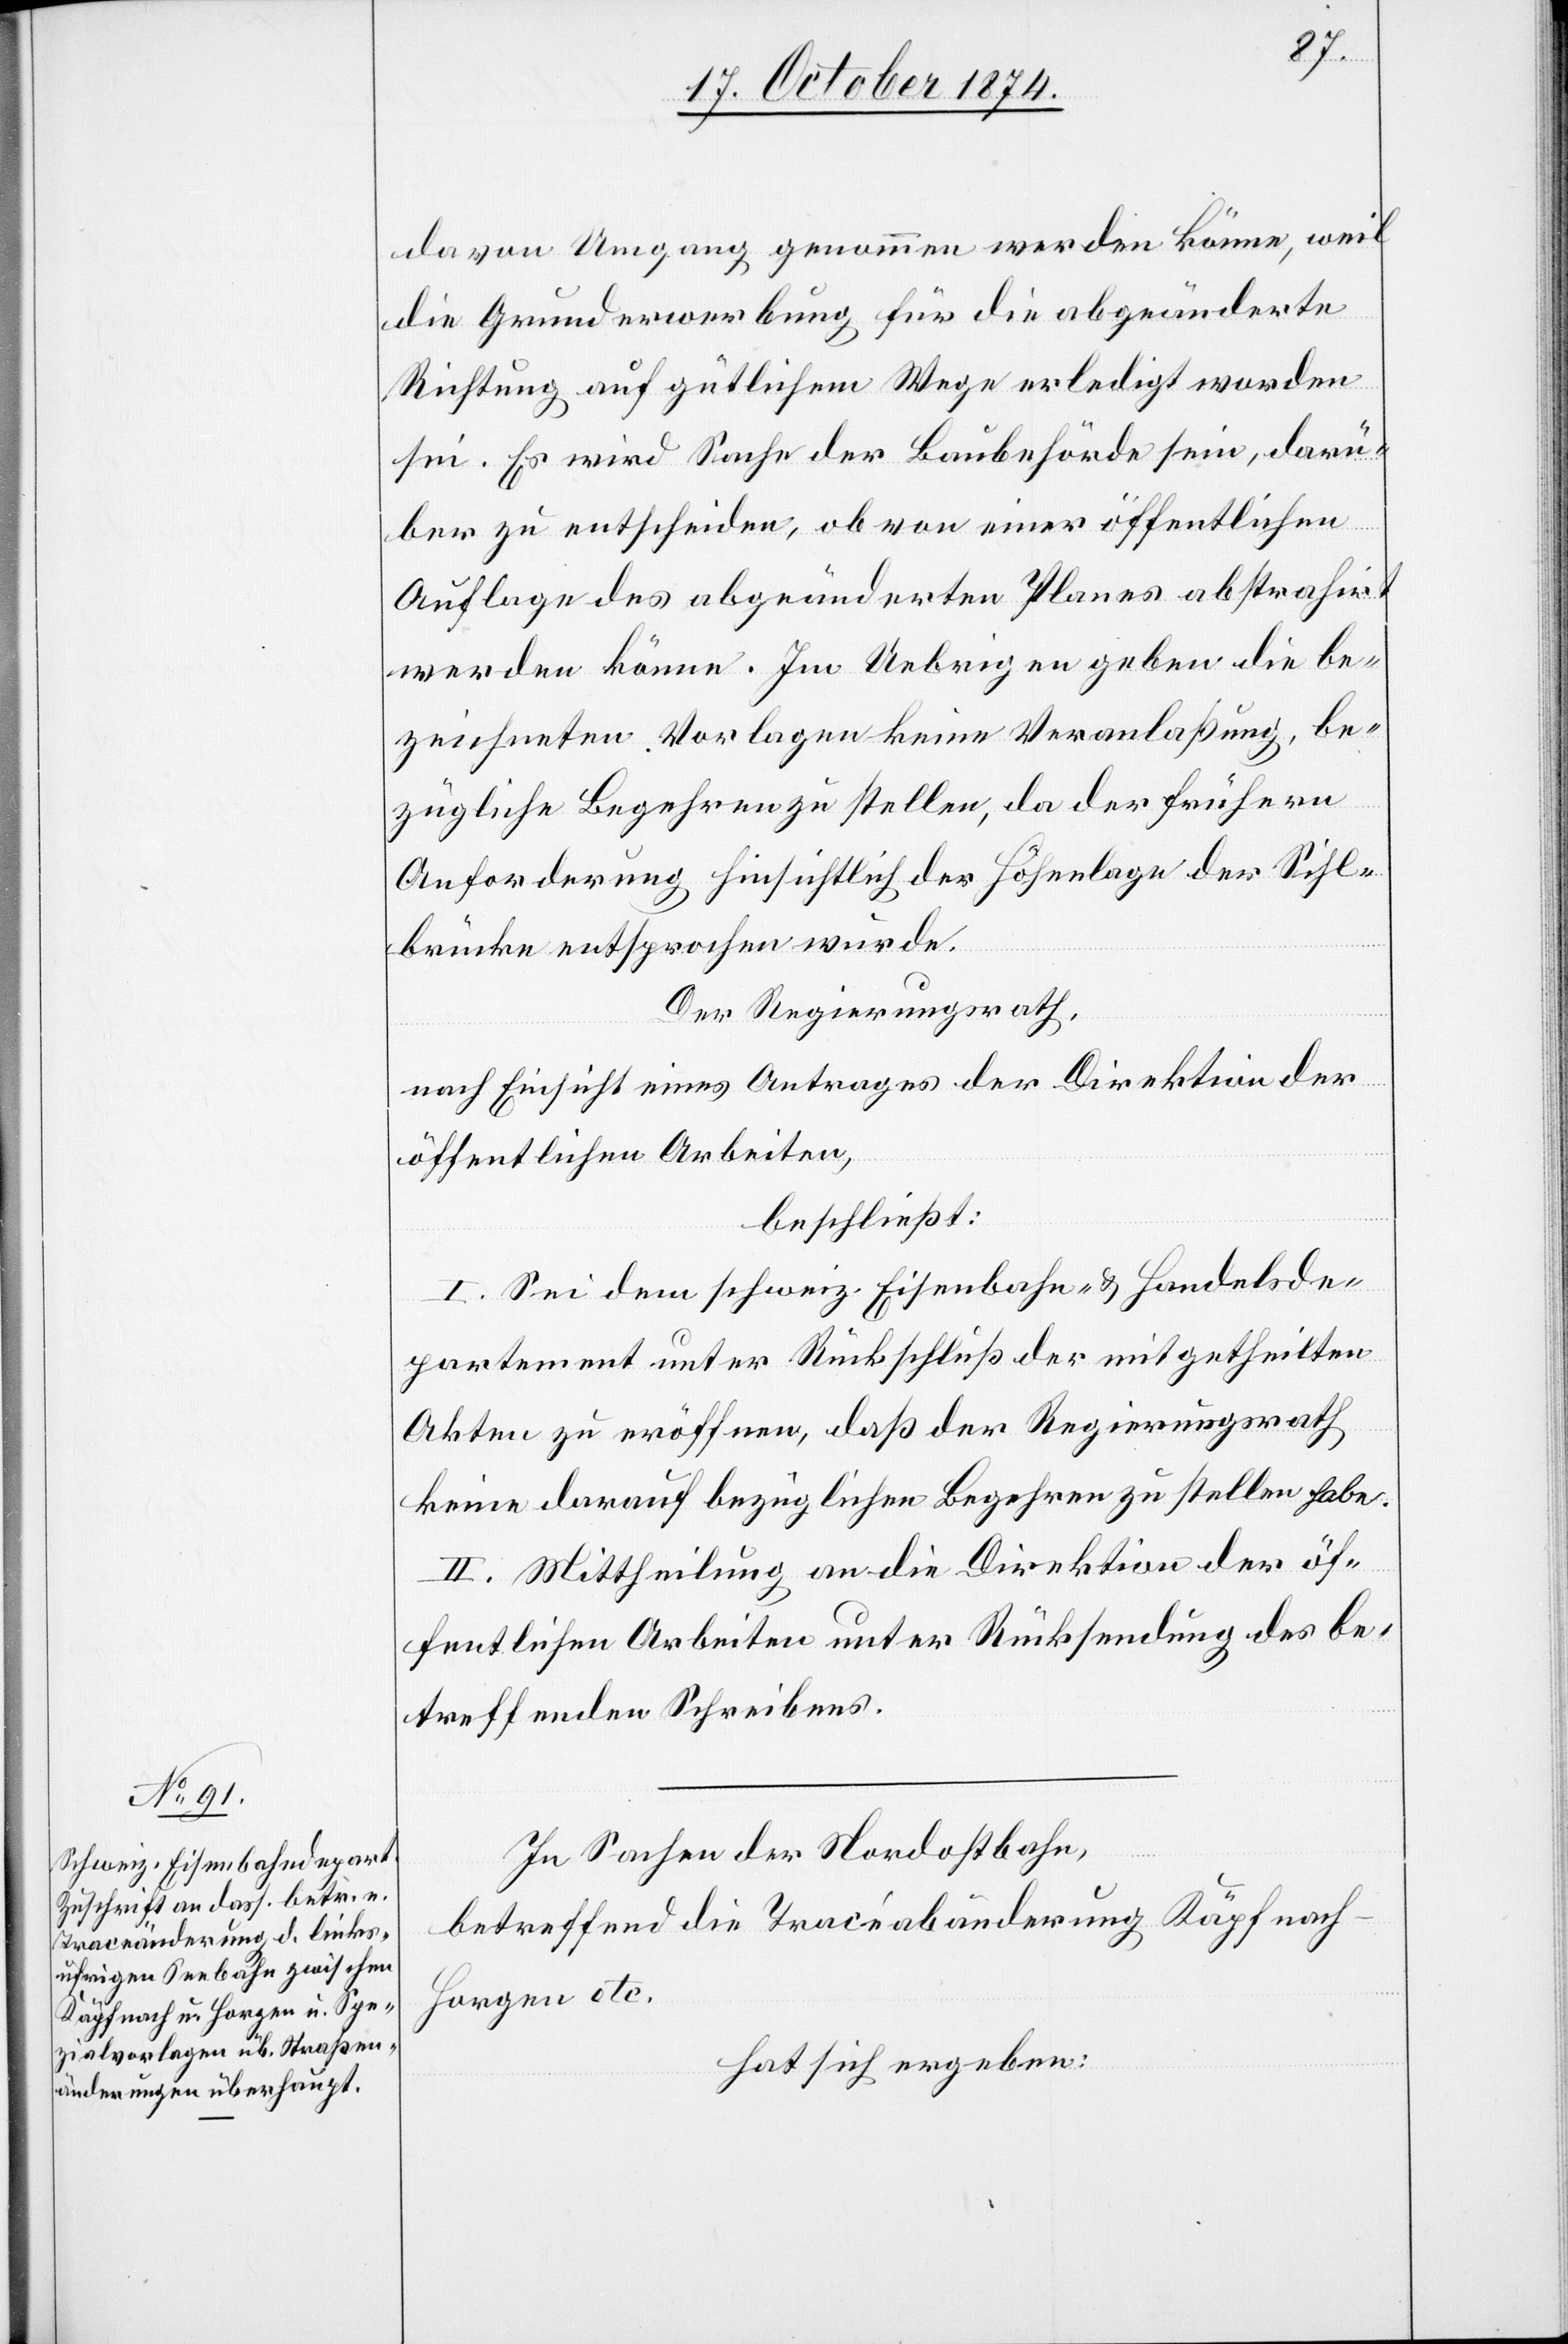
davon Umgang genommen werden könne, weil
die Grunderwerbung für die abgeänderte
Richtung auf gütlichem Wege erledigt worden
sei. Es wird Sache der Baubehörde sein, darü¬
ber zu entscheiden, ob von einer öffentlichen
Auflage des abgeänderten Planes abstrahirt
werden könne. Im Uebrigen geben die be¬
zeichneten Vorlagen keine Veranlaßung, be¬
zügliche Begehren zu stellen, da der frühern
Anforderung hinsichtlich der Höhenlage der Sihl¬
brücke entsprochen wurde.
Der Regierungsrath,
nach Einsicht eines Antrages der Direktion der
öffentlichen Arbeiten,
beschließt:
I. Sei dem schweiz. Eisenbahn- & Handelsde¬
partement unter Rückschluß der mitgetheilten
Akten zu eröffnen, daß der Regierungsrath
keine darauf bezüglichen Begehren zu stellen
II. Mittheilung an die Direktion der öf¬
fentlichen Arbeiten unter Rücksendung des be¬
treffenden Schreibens.
In Sachen der Nordostbahn,
betreffend die Tracéabänderung Käpfnach-H¬
orgen etc.
hat sich ergeben: